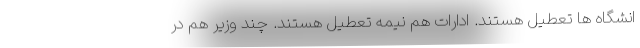
انشگاه ها تعطیل هستند. ادارات هم نیمه تعطیل هستند. چند وزیر هم در